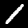
Label: 1